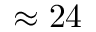
\approx 2 4